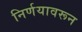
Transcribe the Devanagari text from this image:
निर्णयावरून